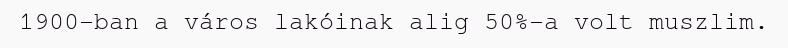
1900-ban a város lakóinak alig 50%-a volt muszlim.